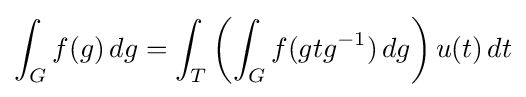
\int _{G}f(g)\,dg=\int _{T}\left(\int _{G}f(gtg^{-1})\,dg\right)u(t)\,dt